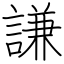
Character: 謙